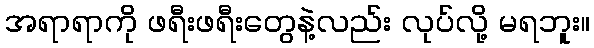
အရာရာကို ဖရီးဖရီးတွေနဲ့လည်း လုပ်လို့ မရဘူး။